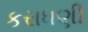
કરાધણી